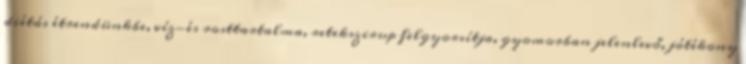
diétás étrendünkbe, víz-és rosttartalma, retekszirup felgyorsítja, gyomorban jelenlevő, jótékony